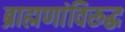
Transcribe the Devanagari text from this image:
ब्राह्मणांविरूद्ध